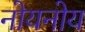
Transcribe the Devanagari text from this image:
नोयनोय